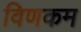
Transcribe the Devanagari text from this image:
विणकम